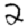
Digit: 2